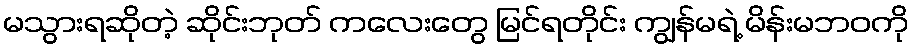
မသွားရဆိုတဲ့ ဆိုင်းဘုတ် ကလေးတွေ မြင်ရတိုင်း ကျွန်မရဲ့ မိန်းမဘဝကို